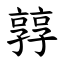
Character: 㝇